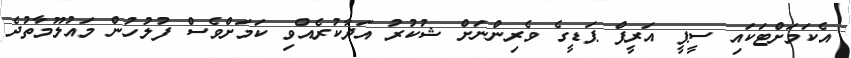
އެކަމަށްޓަކައި ސީޕީ އަރީފް ޕަޑީގެ ވެރިންނަށް ޝުކުރު އަދާކުރެއްވި ކަމަށްވެސް ފުލުހުން މައުލޫމާތުދެ